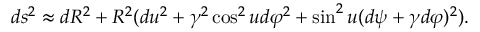
d s ^ { 2 } \approx d R ^ { 2 } + R ^ { 2 } ( d u ^ { 2 } + \gamma ^ { 2 } \cos ^ { 2 } u d \varphi ^ { 2 } + \sin ^ { 2 } u ( d \psi + \gamma d \varphi ) ^ { 2 } ) .